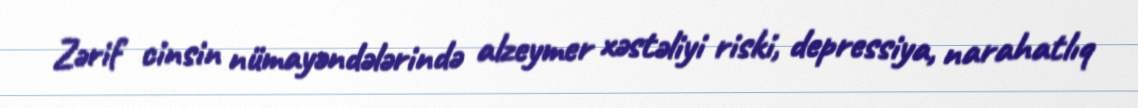
Zərif cinsin nümayəndələrində alzeymer xəstəliyi riski, depressiya, narahatlıq